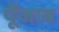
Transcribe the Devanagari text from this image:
पूँजाब